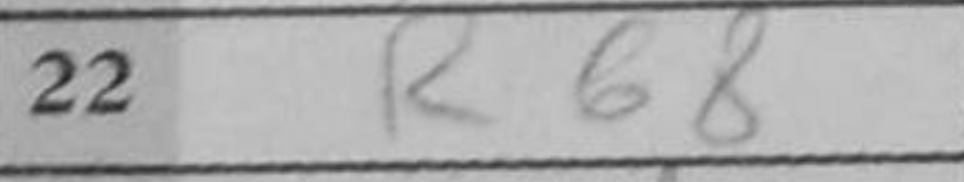
Transcription: Rb8